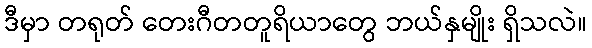
ဒီမှာ တရုတ် တေးဂီတတူရိယာတွေ ဘယ်နှမျိုး ရှိသလဲ။